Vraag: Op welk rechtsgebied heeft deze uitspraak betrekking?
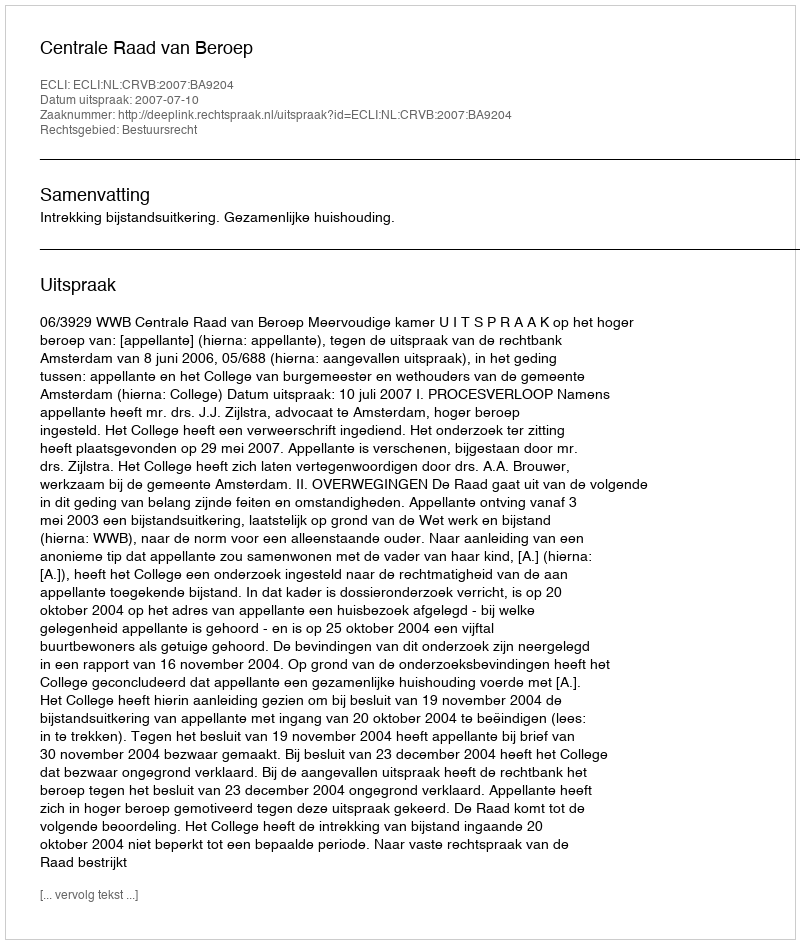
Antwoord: Bestuursrecht